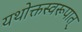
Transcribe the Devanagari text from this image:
यथोक्तस्वरूपात्‌